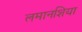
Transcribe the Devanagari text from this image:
लमानशिया